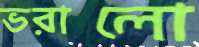
ভরালো